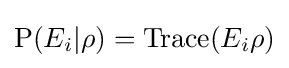
\mathrm {P} (E_{i}|\rho )=\mathrm {Trace} (E_{i}\rho )